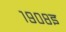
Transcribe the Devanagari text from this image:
१९०८इ